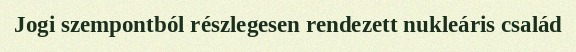
Jogi szempontból részlegesen rendezett nukleáris család